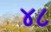
૪૮